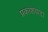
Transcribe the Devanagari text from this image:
प्रकाशवाटा